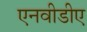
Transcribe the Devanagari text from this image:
एनवीडीए